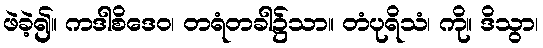
ဖဲခဲ့၍။ ကဒါစိဒေဝ၊ တရံတခါ၌သာ။ တံပုရိသံ၊ ကို။ ဒိသွာ၊